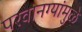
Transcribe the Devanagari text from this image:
परवानग्यांमुळे